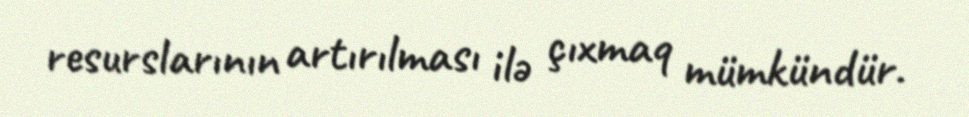
resurslarının artırılması ilə çıxmaq mümkündür.